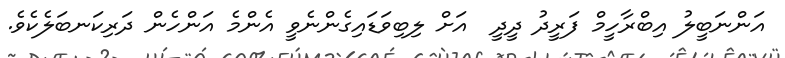
އަންނަބީލު އިބްރާހީމް ފަރީދު ދީދީ  އަށް ލިބިވަޑައިގެންނެވީ އެންމެ އަންހެން ދަރިކަނބަލެކެވެ.